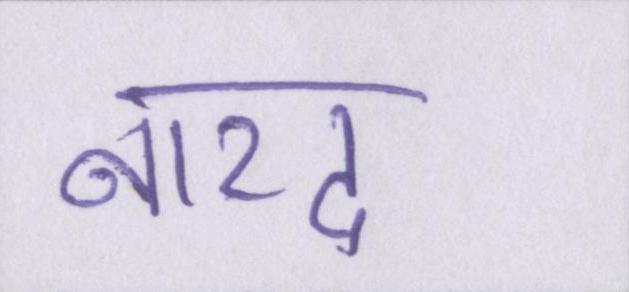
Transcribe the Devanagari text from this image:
नारद